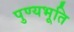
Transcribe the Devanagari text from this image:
पुण्यभूति